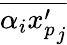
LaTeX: \overline{{\alpha_{i}{x_{p}^{\prime}}_{j}}}